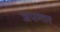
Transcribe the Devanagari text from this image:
जपणार